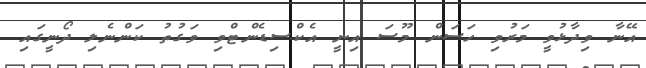
އޭނާ ވިދާޅުވީ މަރުވި ހަސަން މޫސަ އިނީ އެކްސިޑެންޓްވި ވަގުތު ކަންނެލި ދޯނީގައި